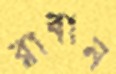
রাব্বান